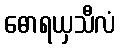
ဓောရယှသီလံ